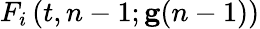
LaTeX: F_{i}\left(t,n-1;\mathbf{g}(n-1)\right)